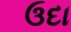
ઉદા